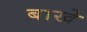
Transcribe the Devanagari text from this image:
बाखे